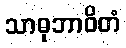
သာဓုဘာဝိတံ